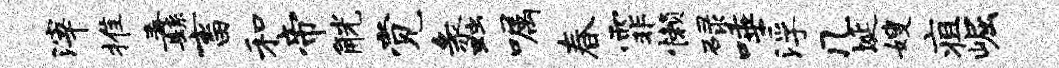
滓推纛畜和帝觥觉蠡嘱春霏懒碌唾浮几埏嫂疽崛